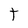
Character: t